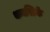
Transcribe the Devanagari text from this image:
थम्बस्टिकें